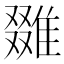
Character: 𨿷